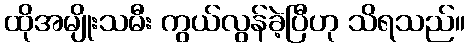
ထိုအမျိုးသမီး ကွယ်လွန်ခဲ့ပြီဟု သိရသည်။